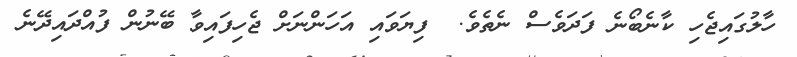
ހާލުގައިޖެހި ކާނެބޯނެ ފަދަވެސް ނެތެވެ.  ފިޔަވައި އަހަންނަށް ޖެހިފައިވާ ބޭނުން ފުއްދައިދޭނެ